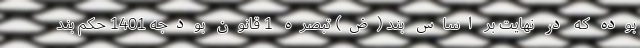
بوده که در نهایت بر اساس بند (ض) تبصره 1 قانون بودجه 1401 حکم بند